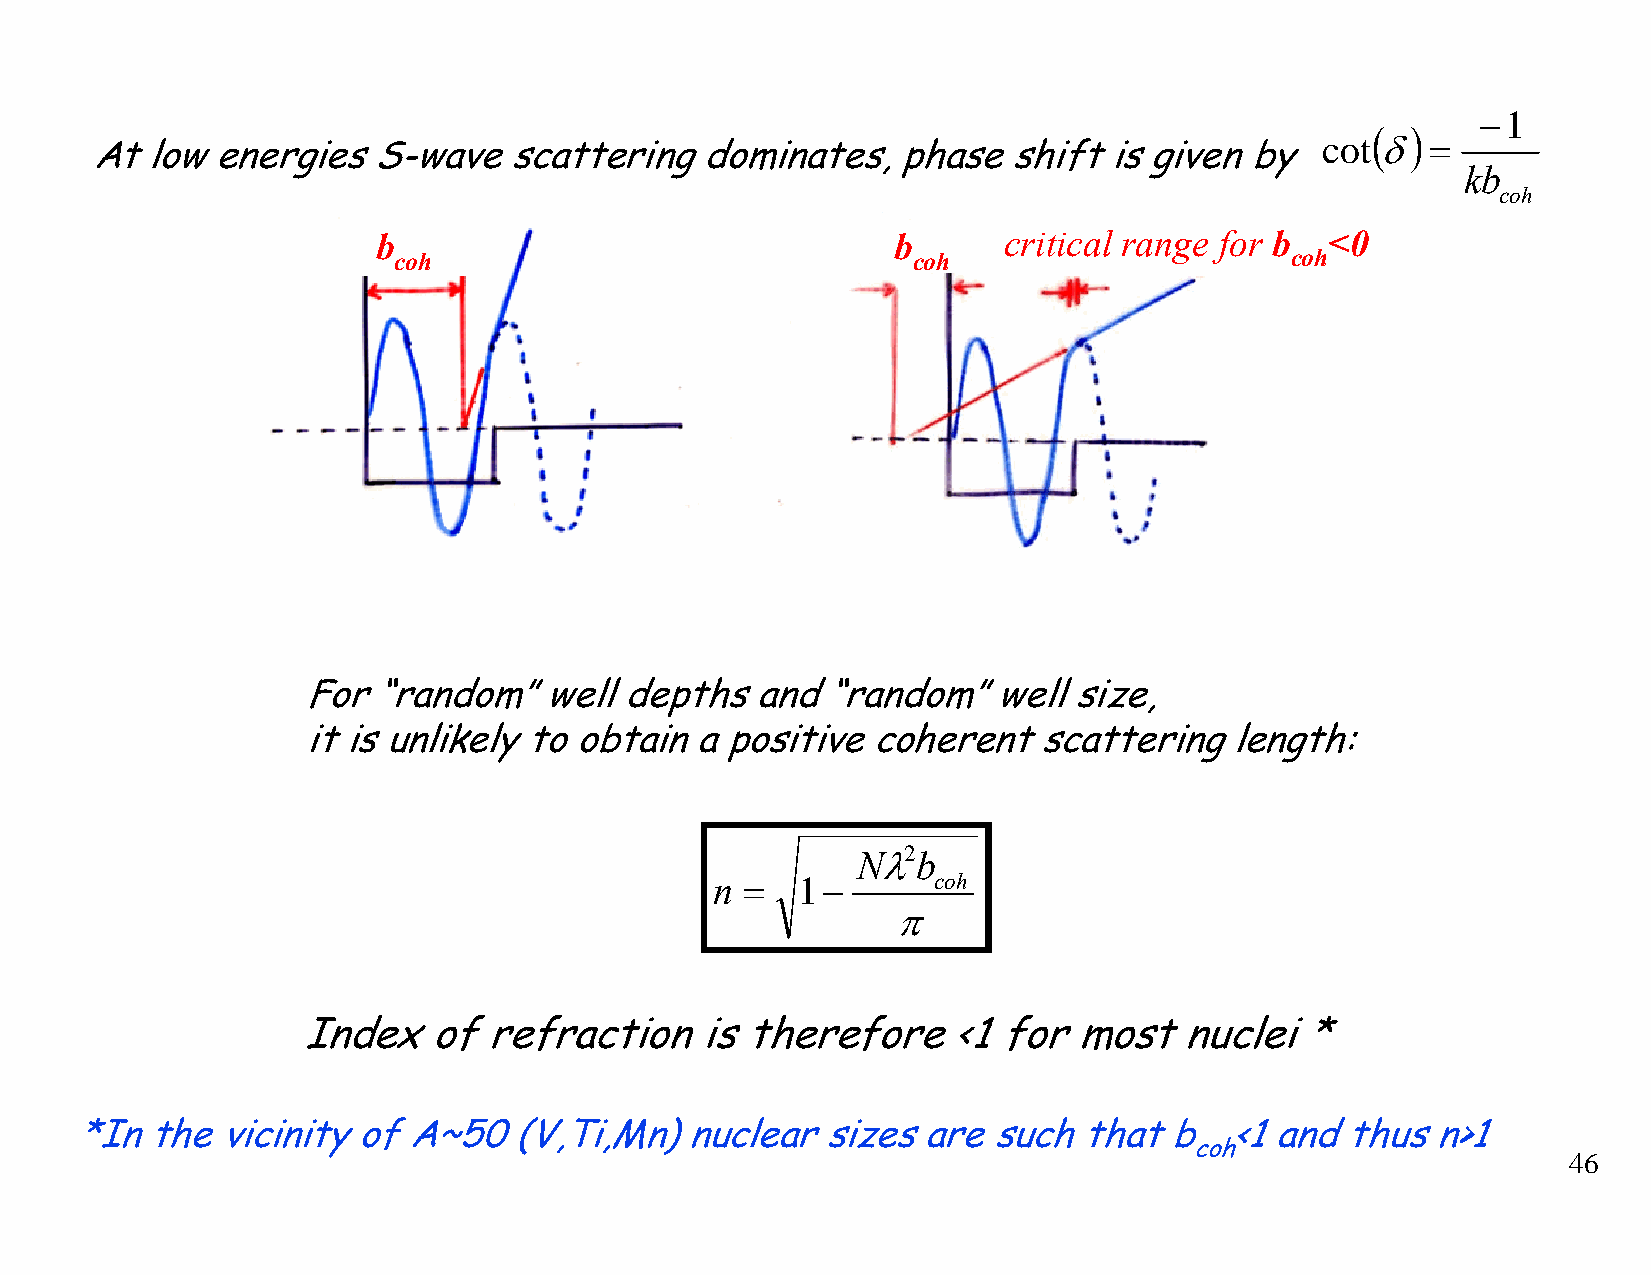
−1
 ( )
 cot δ   =
 At  low energies   S-wave   scattering  dominates,   phase   shift is given  by
 kb
 coh
 b                                 b      critical range for b  <0
 coh                               coh                      coh
 For  “random”well    depths   and  “random”well    size,
 it is unlikely to obtain  a positive  coherent   scattering  length:
 Nλ2b
 n =   1−       coh
 π
 Index   of  refraction    is therefore     <1 for  most   nuclei  *
 *In  the vicinity  of A~50   (V,Ti,Mn)  nuclear  sizes  are  such  that b   <1 and  thus  n>1
 coh
 46